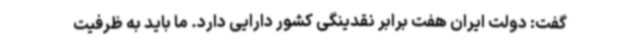
گفت: دولت ایران هفت برابر نقدینگی کشور دارایی دارد. ما باید به ظرفیت